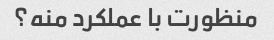
منظورت با عملکرد منه؟